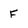
Character: f